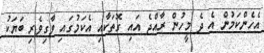
އެހެންކަމުން އެ ދެ މީހުން ރާއްޖެ އައި ގޮތަކާއި އެކަމުގައި ވާގިވެރި ބަޔަކު